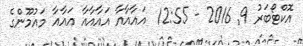
އޮކްޓޯބަރު 9